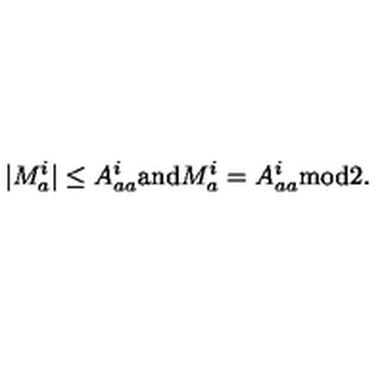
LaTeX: | M _ { a } ^ { i } | \leq A _ { a a } ^ { i } \mathrm { a n d } M _ { a } ^ { i } = A _ { a a } ^ { i } \mathrm { m o d } 2 .